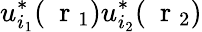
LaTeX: u_{i_{1}}^{*}(\mathrm{~\mathbf~r~}_{1})u_{i_{2}}^{*}(\mathrm{~\mathbf~r~}_{2})